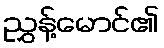
ညွှန့်မောင်၏